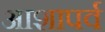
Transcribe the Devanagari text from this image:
आशापर्व